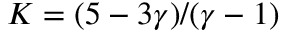
K = ( 5 - 3 \gamma ) / ( \gamma - 1 )